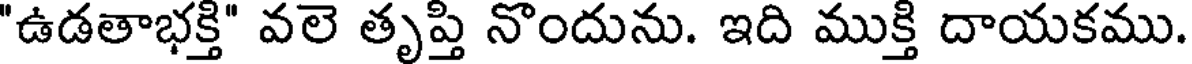
"ఉడతాభక్తి" వలె తృప్తి నొందును. ఇది ముక్తి దాయకము.